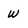
Character: w